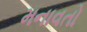
મનાવતો